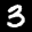
Label: 3